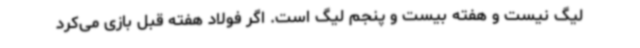
لیگ نیست و هفته بیست و پنجم لیگ است. اگر فولاد هفته قبل بازی می‌کرد